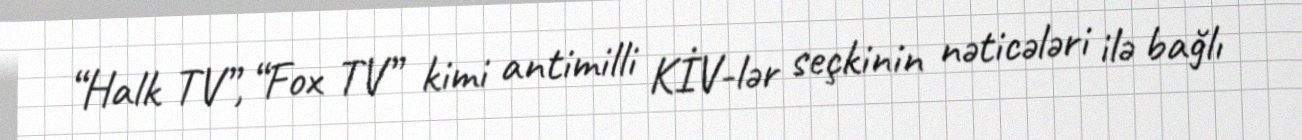
“Halk TV”, “Fox TV” kimi antimilli KİV-lər seçkinin nəticələri ilə bağlı